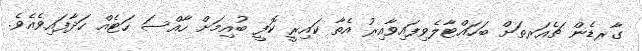
ގާރޑެން ޗެއަރތަށް ބަހައްޓާލެވިފައިވާއިރު އެތާ ކައިރީ ކޮފީ ބުއިމަށް ހާއްސަ ހަޓެއް ހަދާފައިވެއެވެ.